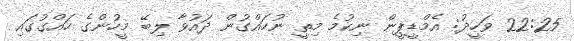
22:25 ވަހީދު: އެމްޑީޕީން ނިކުމެ މިތީ ނުހައްގުން ދައުވާ ލިބޭ މީހުންގެ ހައްގުގައި